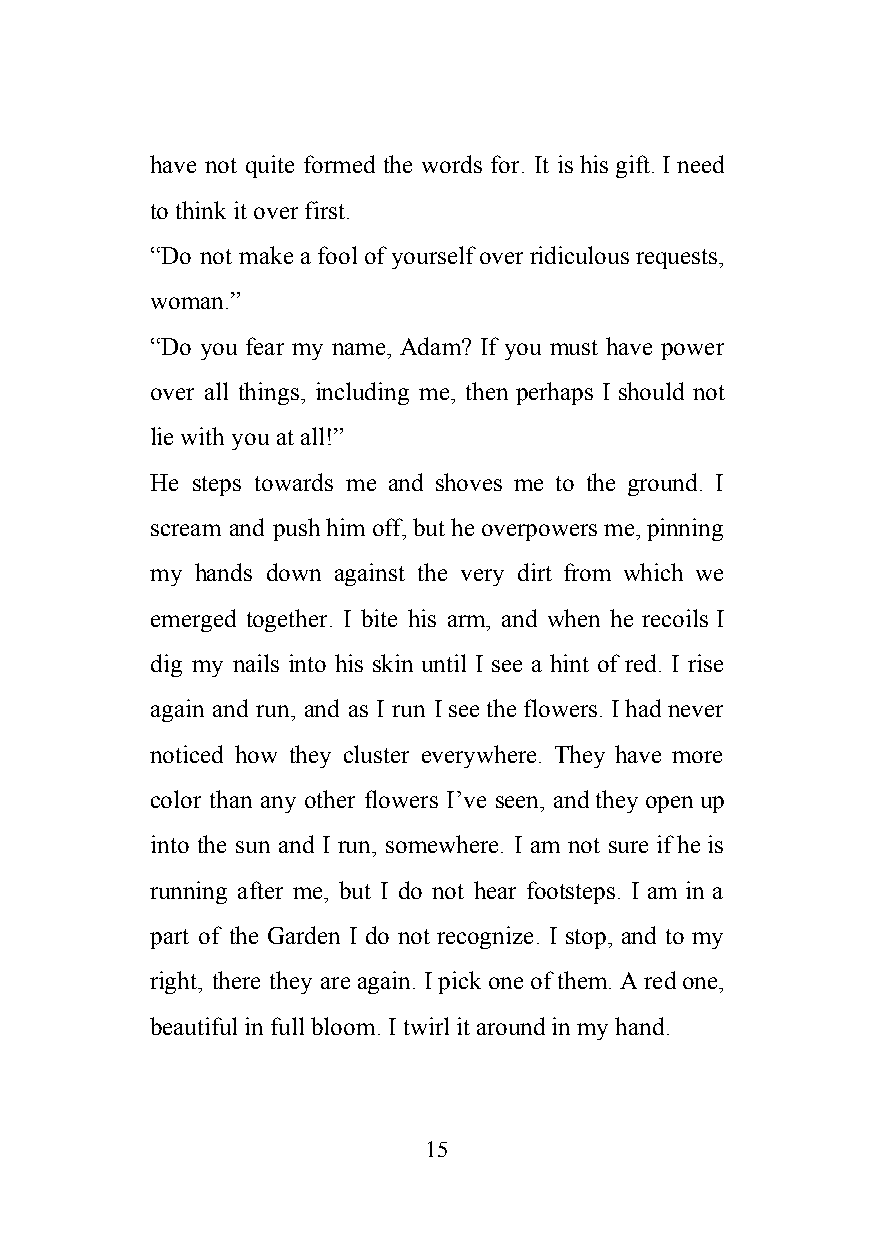
have not quite formed the words for. It is his gift. I need
 to think it over first.
 “Do not make a fool of yourself over ridiculous requests,
 woman.”
 “Do you fear my name, Adam? If you must have power
 over all things, including me, then perhaps I should not
 lie with you at all!”
 He steps towards me and shoves me to the ground. I
 scream and push him off, but he overpowers me, pinning
 my hands down against the very dirt from which we
 emerged together. I bite his arm, and when he recoils I
 dig my nails into his skin until I see a hint of red. I rise
 again and run, and as I run I see the flowers. I had never
 noticed how they cluster everywhere. They have more
 color than any other flowers I’ve seen, and they open up
 into the sun and I run, somewhere. I am not sure if he is
 running after me, but I do not hear footsteps. I am in a
 part of the Garden I do not recognize. I stop, and to my
 right, there they are again. I pick one of them. A red one,
 beautiful in full bloom. I twirl it around in my hand.
 15